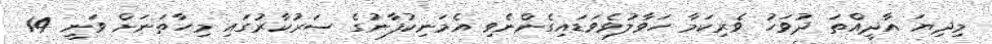
މިދިޔަ އާދީއްތަ ދުވަހު ވެރިކަމާ ހަވާލުވެވަޑައިގެންނެވި އެމަނިކުފާނުގެ ސަރުކާރުގައި މިހާތަނަށް ވަނީ 14